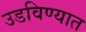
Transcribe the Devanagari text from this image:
उडविण्यात